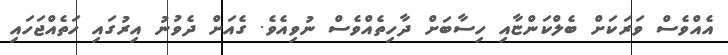
އެއްވެސް ވަރަކަށް ބެލްކަންޏާއި ހިސާބަށް ދާހިތެއްވެސް ނުވިއެވެ. ގެއަށް ދެވުނު އިރުގައި ހަތެއްޖަހައި